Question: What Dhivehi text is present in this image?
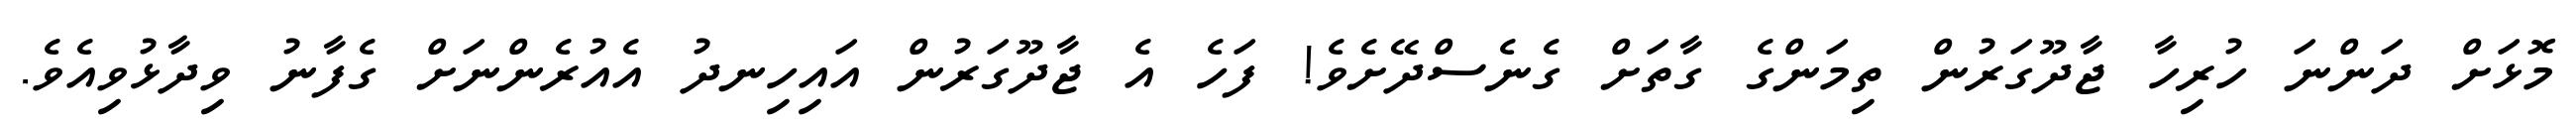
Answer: މޮޅަށް ދަންނަ ހުރިހާ ޖާދޫގަރުން ތިމަންގެ ގާތަށް ގެނެސްދޭށެވެ! ފަހެ އެ ޖާދޫގަރުން އައިހިނދު އެއުރެންނަށް ގެފާނު ވިދާޅުވިއެވެ.